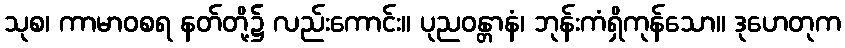
သုစ၊ ကာမာဝစရ နတ်တို့၌ လည်းကောင်း။ ပုညဝန္တာနံ၊ ဘုန်းကံရှိကုန်သော။ ဒုဟေတုက